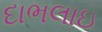
દાભલાઇ